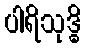
ပါရိသုဒ္ဓိ